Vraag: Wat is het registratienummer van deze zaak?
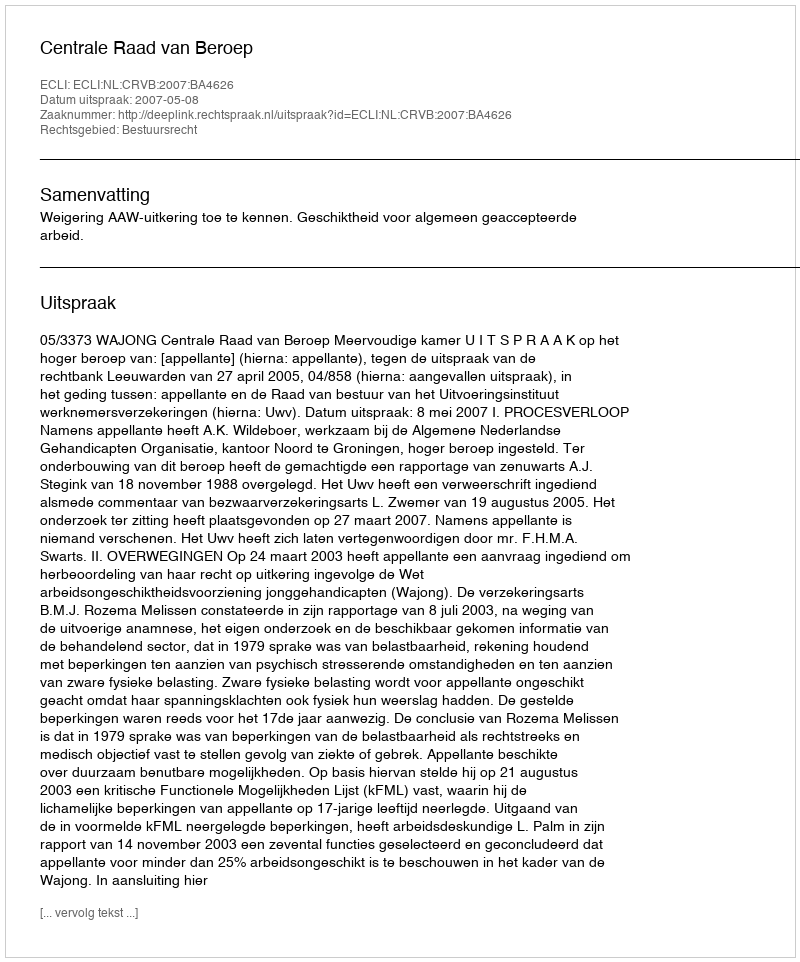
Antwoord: http://deeplink.rechtspraak.nl/uitspraak?id=ECLI:NL:CRVB:2007:BA4626